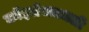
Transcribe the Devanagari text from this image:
कॉइलेजमधली